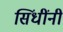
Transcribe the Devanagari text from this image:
सिंधींनी